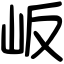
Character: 岅